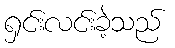
ရှင်းလင်းခဲ့သည်